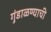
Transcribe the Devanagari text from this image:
गुंडाळण्याची